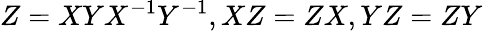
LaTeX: Z=XYX^{-1}Y^{-1},XZ=ZX,YZ=ZY